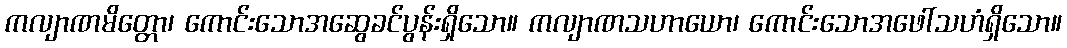
ကလျာဏမိတ္တော၊ ကောင်းသောအဆွေခင်ပွန်းရှိသော။ ကလျာဏသဟာယော၊ ကောင်းသောအဖေါ်သဟံရှိသော။